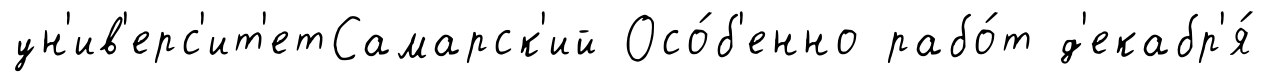
ун'ив'ерс'ит'етСамарск'ий Осо́б'енно рабо́т д'екабр'я́